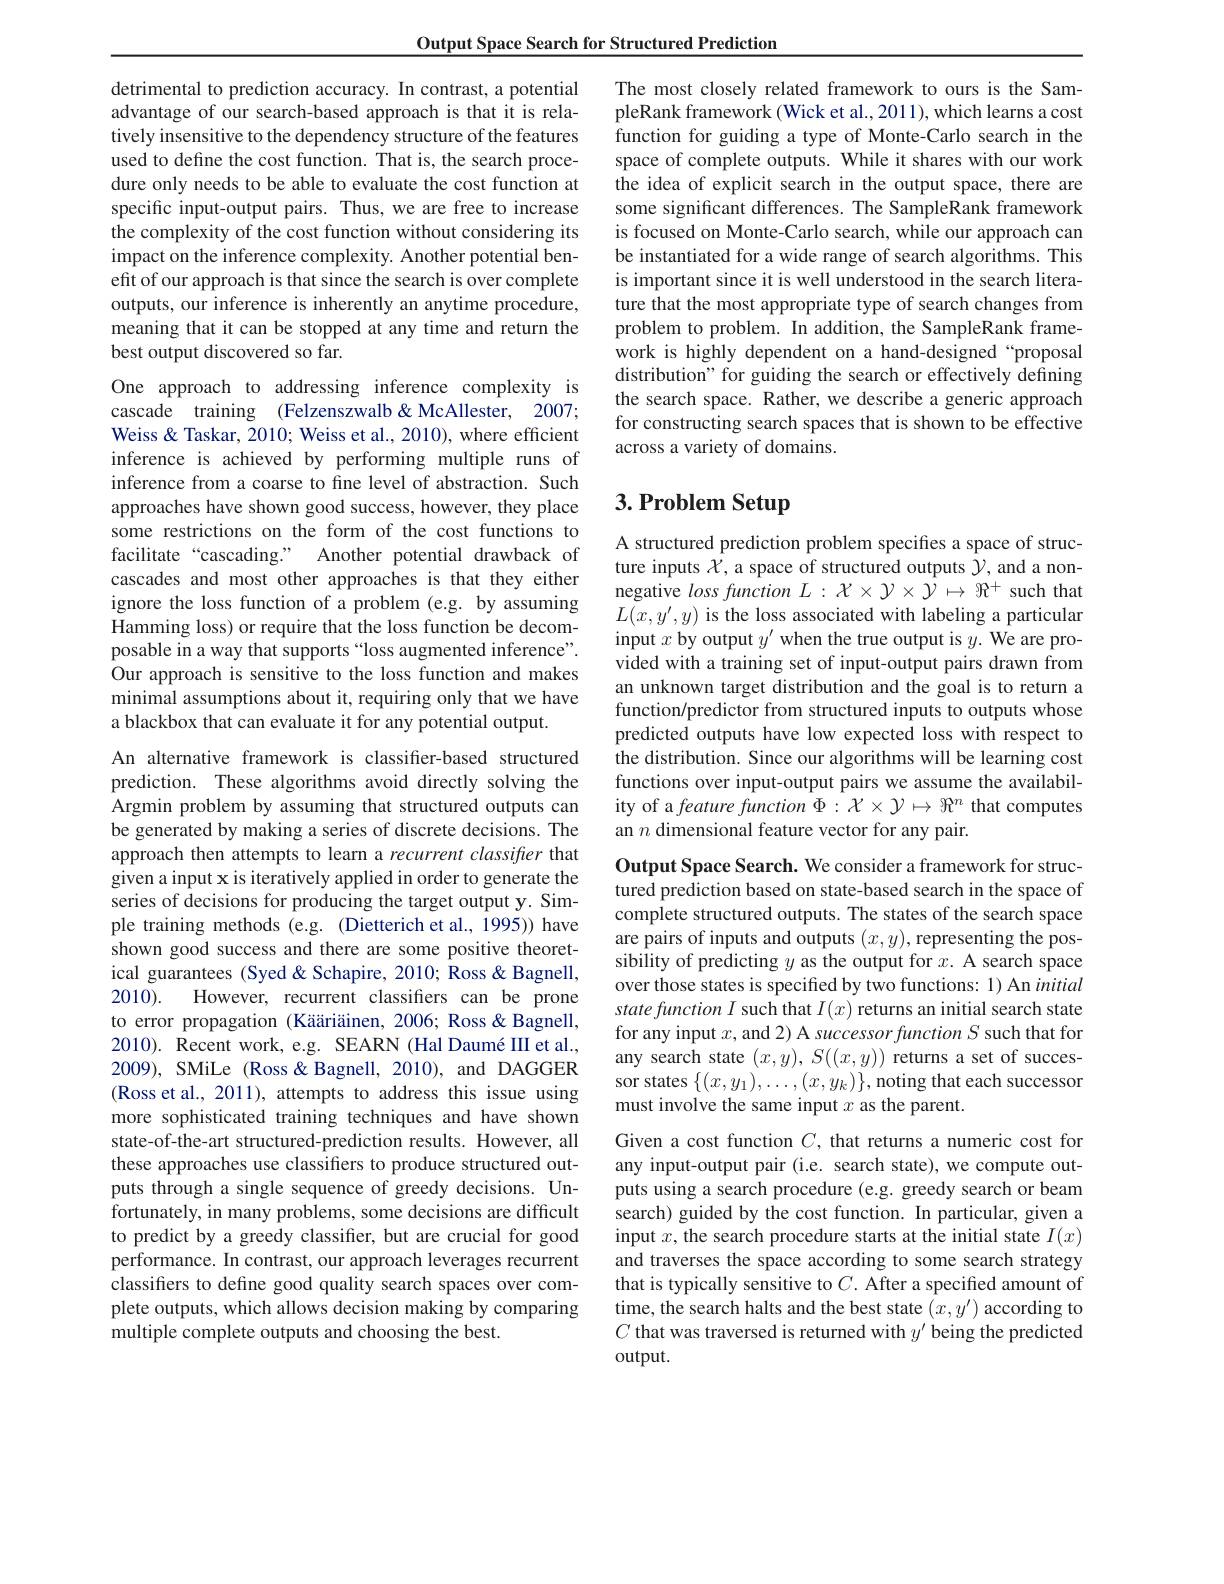
detrimental to prediction accuracy. In contrast, a potential advantage of our search-based approach is that it is relatively insensitive to the dependency structure of the features used to define the cost function. That is, the search procedure only needs to be able to evaluate the cost function at specific input-output pairs. Thus, we are free to increase the complexity of the cost function without considering its impact on the inference complexity. Another potential benefit of our approach is that since the search is over complete outputs, our inference is inherently an anytime procedure, meaning that it can be stopped at any time and return the best output discovered so far.

Output Space Search for Structured Prediction
One approach to addressing inference complexity is cascade training (Felzenszwalb&McAllester, 2007; Weiss& Taskar, 2010; Weiss et al., 2010), where efficient inference is achieved by performing multiple runs of inference from a coarse to fine level of abstraction. Such approaches have shown good success, however, they place some restrictions on the form of the cost functions to facilitate “cascading.” Another potential drawback of cascades and most other approaches is that they either ignore the loss function of a problem (e.g. by assuming Hamming loss) or require that the loss function be decomposable in a way that supports“loss augmented inference”. Our approach is sensitive to the loss function and makes minimal assumptions about it, requiring only that we have a blackbox that can evaluate it for any potential output.
An alternative framework is classifier-based structured prediction. These algorithms avoid directly solving the Argmin problem by assuming that structured outputs can be generated by making a series of discrete decisions. The approach then attempts to learn a recurrent classifier that given a input x is iteratively applied in order to generate the series of decisions for producing the target output y. Simple training methods (e.g. (Dietterich et al., 1995)) have shown good success and there are some positive theoretical guarantees (Syed & Schapire, 2010; Ross & Bagnell, 2010).
However, recurrent classifiers can be prone
to error propagation (Kääriäinen, 2006; Ross&Bagnell, 2010). Recent work, e.g. SEARN (Hal Daumé III et al., 2009), SMiLe (Ross&Bagnell, 2010), and DAGGER (Ross et al., 2011), attempts to address this issue using more sophisticated training techniques and have shown state-of-the-art structured-prediction results. However, all these approaches use classifiers to produce structured outputs through a single sequence of greedy decisions. Unfortunately, in many problems, some decisions are difficult to predict by a greedy classifer, but are crucial for good performance. In contrast, our approach leverages recurrent classifiers to define good quality search spaces over complete outputs, which allows decision making by comparing multiple complete outputs and choosing the best.

The most closely related framework to ours is the SampleRank framework (Wick et al., 2011), which learns a cost function for guiding a type of Monte-Carlo search in the space of complete outputs. While it shares with our work the idea of explicit search in the output space, there are some significant differences. The SampleRank framework is focused on Monte-Carlo search, while our approach can be instantiated for a wide range of search algorithms. This is important since it is well understood in the search literature that the most appropriate type of search changes from problem to problem. In addition, the SampleRank framework is highly dependent on a hand-designed“proposal distribution" for guiding the search or effectively defining the search space. Rather, we describe a generic approach for constructing search spaces that is shown to be effective across a variety of domains.

# 3. Problem Setup

A structured prediction problem specifies a space of structure inputs $\chi$, a space of structured outputs $\gamma$, and a nonnegative $lossfunction~L:{\mathcal{X}}\times{\mathcal{Y}}\times{\mathcal{Y}}\mapsto\Re^{+}$ such that $L(x,y^{\prime},y)$ is the loss associated with labeling a particular input $x$ by output $y^\prime$ when the true output is $y.$ We are provided with a training set of input-output pairs drawn from an unknown target distribution and the goal is to return a function/predictor from structured inputs to outputs whose predicted outputs have low expected loss with respect to the distribution. Since our algorithms will be learning cost functions over input-output pairs we assume the availability of a feature function $\Phi:\mathcal{X}\times\mathcal{Y}\mapsto\Re^n$ that computes an $n$ dimensional feature vector for any pair.

Output Space Search. We consider a framework for structured prediction based on state-based search in the space of complete structured outputs. The states of the search space are pairs of inputs and outputs $(x,y)$, representing the possibility of predicting $y$ as the output for $x.$ A search space over those states is specified by two functions: 1) An initial $statefunction~I$ such that $I(x)$ returns an initial search state for any input $x$, and 2) A successor function $S$ such that for any search state $(x,y),S((x,y))$ returns a set of successor states $\{(x,y_1),\ldots,(x,y_k)\}$,noting that each successor must involve the same input $x$ as the parent.
Given a cost function $C$, that returns a numeric cost for any input-output pair (i.e. search state), we compute outputs using a search procedure (e.g. greedy search or beam search) guided by the cost function. In particular, given a input $x$, the search procedure starts at the initial state $I(x)$ and traverses the space according to some search strategy that is typically sensitive to $C.$ After a specifed amount of time, the search halts and the best state $(x,y^{\prime})$ according to $C$ that was traversed is returned with $y^\prime$ being the predicted $output.$